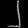
Digit: ၂